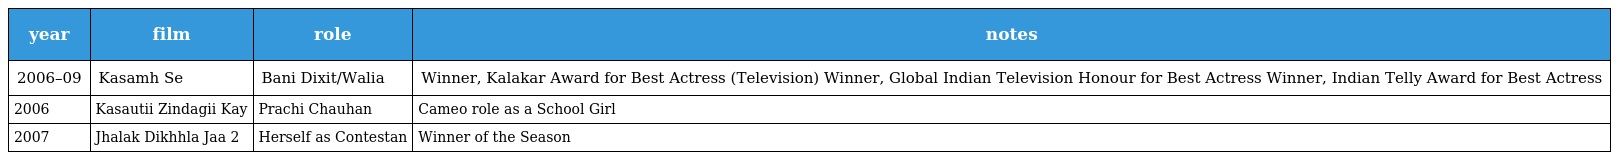
| year | film | role | notes |
 | --- | --- | --- | --- |
 | 2006–09 | Kasamh Se | Bani Dixit/Walia | Winner, Kalakar Award for Best Actress (Television) Winner, Global Indian Television Honour for Best Actress Winner, Indian Telly Award for Best Actress |
 | 2006 | Kasautii Zindagii Kay | Prachi Chauhan | Cameo role as a School Girl |
 | 2007 | Jhalak Dikhhla Jaa 2 | Herself as Contestan | Winner of the Season |